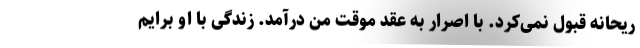
ریحانه قبول نمی‌کرد. با اصرار به عقد موقت من درآمد. زندگی با او برایم